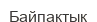
Байпақтық